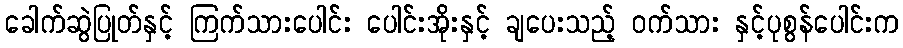
ခေါက်ဆွဲပြုတ်နှင့် ကြက်သားပေါင်း ပေါင်းအိုးနှင့် ချပေးသည့် ဝက်သား နှင့်ပုစွန်ပေါင်းက